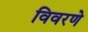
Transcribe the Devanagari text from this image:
विवरणे